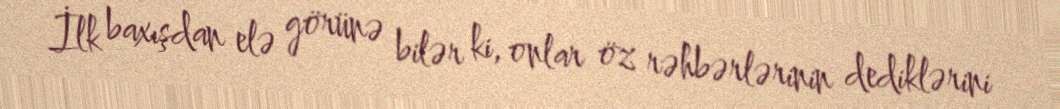
İlk baxışdan elə görünə bilər ki, onlar öz rəhbərlərinin dediklərini